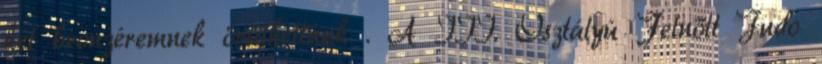
két bronzéremnek örülhettünk . A III. Osztályú Felnőtt Judo